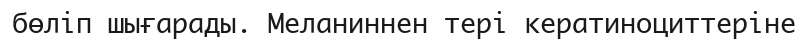
бөліп шығарады. Меланиннен тері кератиноциттеріне